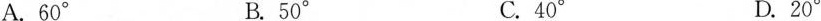
A.60 B.50° C.40° D.20°